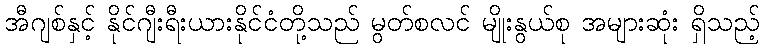
အီဂျစ်နှင့် နိုင်ဂျီးရီးယားနိုင်ငံတို့သည် မွတ်စလင် မျိုးနွယ်စု အများဆုံး ရှိသည့်